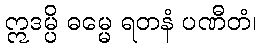
ဣဒမ္ပိ ဓမ္မေ ရတနံ ပဏီတံ၊